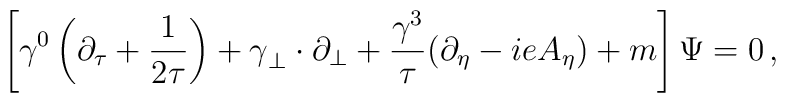
\left[ \gamma^0 \left(\partial_\tau+{1 \over 2\tau}\right)+{\bf \gamma}_\perp\cdot \partial_\perp+ {\gamma^3 \over \tau}(\partial_\eta -ieA_\eta)+ m \right] \Psi =0\,,